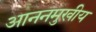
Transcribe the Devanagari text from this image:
आननमुखीय